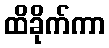
ထိခိုက်ကာ